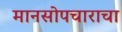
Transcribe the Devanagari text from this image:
मानसोपचाराचा